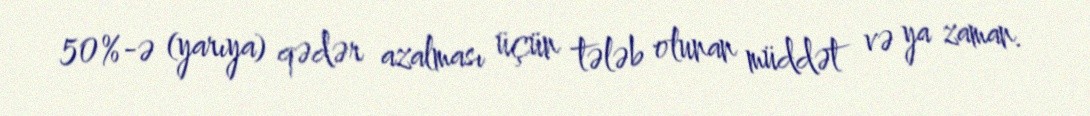
50%-ə (yarıya) qədər azalması üçün tələb olunan müddət və ya zaman.